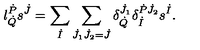
l _ { \dot { Q } } ^ { \dot { P } } s ^ { \dot { J } } = \sum _ { \dot { I } } \sum _ { \dot { J } _ { 1 } \dot { J } _ { 2 } = \dot { J } } \delta _ { \dot { Q } } ^ { \dot { J } _ { 1 } } \delta _ { \dot { I } } ^ { \dot { P } \dot { J } _ { 2 } } s ^ { \dot { I } } .